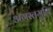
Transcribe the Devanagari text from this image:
अगस्तमुनि